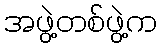
အဖွဲ့တစ်ဖွဲ့က